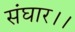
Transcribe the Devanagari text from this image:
संघार।।